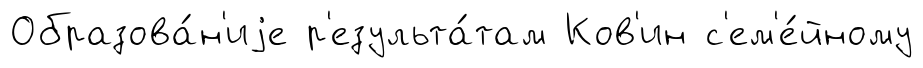
Образова́н'иjе р'езульта́там Ков'ин с'ем'е́йному